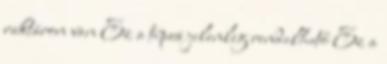
raktáron van Ez a típus jelenleg rendelhető Ez a